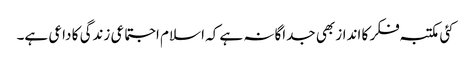
کئی مکتبہ فکر کا انداز بھی جداگانہ ہے کہ اسلام اجتماعی زندگی کا داعی ہے۔